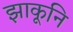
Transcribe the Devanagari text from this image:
झाकूनि